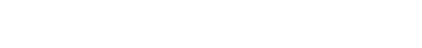
(အဘိညာ၊ အဘိညာဉ်သည်။ ဟောတိ၊ ဖြစ်၏)